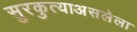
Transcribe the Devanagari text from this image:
सुरकुत्याअसलेला